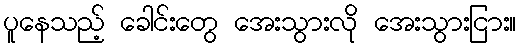
ပူနေသည့် ခေါင်းတွေ အေးသွားလို အေးသွားငြား။